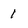
Character: 1